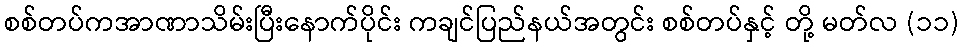
စစ်တပ်ကအာဏာသိမ်းပြီးနောက်ပိုင်း ကချင်ပြည်နယ်အတွင်း စစ်တပ်နှင့် တို့ မတ်လ (၁၁)